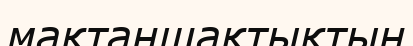
мақтаншақтықтың